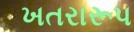
ખતરારૂપ